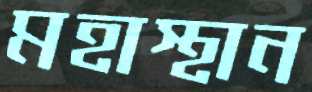
মহাস্থান